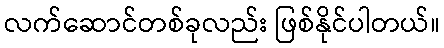
လက်ဆောင်တစ်ခုလည်း ဖြစ်နိုင်ပါတယ်။